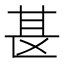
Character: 𫞪